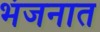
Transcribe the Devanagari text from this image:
भंजनात